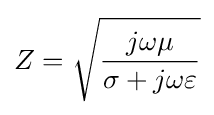
Z={\sqrt {j\omega \mu  \over \sigma +j\omega \varepsilon }}